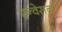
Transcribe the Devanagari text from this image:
इन्वेसन